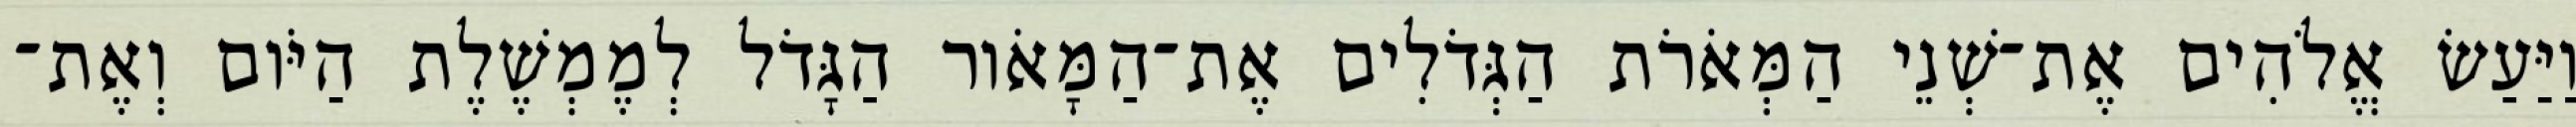
וַיַּעַשׂ אֱלֹהִים אֶת־שְׁנֵי הַמְּאֹרֹת הַגְּדֹלִים אֶת־הַמָּאֹור הַגָּדֹל לְמֶמְשֶׁלֶת הַיֹּום וְאֶת־